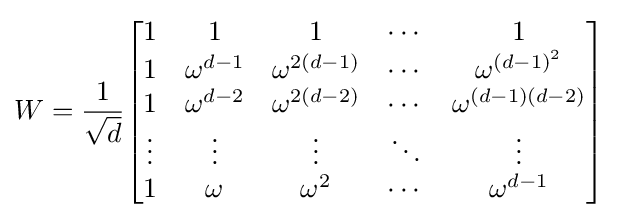
W={\frac {1}{\sqrt {d}}}{\begin{bmatrix}1&1&1&\cdots &1\\1&\omega ^{d-1}&\omega ^{2(d-1)}&\cdots &\omega ^{(d-1)^{2}}\\1&\omega ^{d-2}&\omega ^{2(d-2)}&\cdots &\omega ^{(d-1)(d-2)}\\\vdots &\vdots &\vdots &\ddots &\vdots \\1&\omega &\omega ^{2}&\cdots &\omega ^{d-1}\end{bmatrix}}~